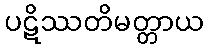
ပဋိဿတိမတ္တာယ